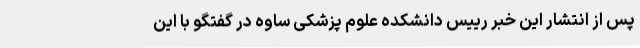
پس از انتشار این خبر رییس دانشکده علوم پزشکی ساوه در گفتگو با این